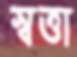
স্বত্তা